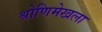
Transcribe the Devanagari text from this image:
श्रोणिमेखला